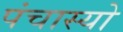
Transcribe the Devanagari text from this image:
पंचास्यो